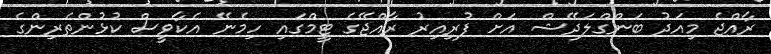
ރާއްޖެ މިއަދު ބަންގްލަދޭޝް އަށް ފުރިއިރު ރާއްޖޭގެ ޓީމްގައި ހިމެނޭ އެކާވީސް ކުޅުންތެރިންގެ